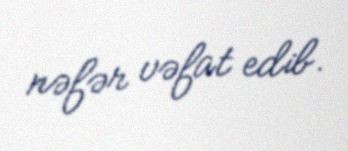
nəfər vəfat edib.